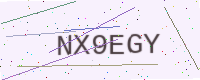
Text: NX9EGY